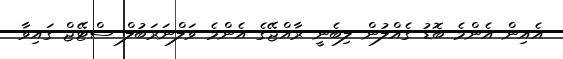
އެއިން އެންމެ ބޮޑު ގެއްލުން ލިބެނީ ރާއްޖޭގެ އެންމެ ވަލްނަރަބުލް ސްޓޭޖް ގައިވާ